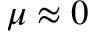
\mu \approx 0